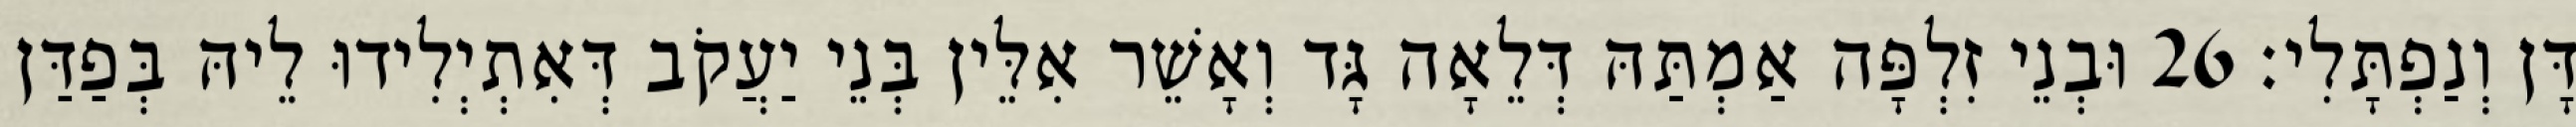
דָּן וְנַפְתָּלִי׃ 26 וּבְנֵי זִלְפָּה אַמְתַּהּ דְּלֵאָה גָּד וְאָשֵׁר אִלֵּין בְּנֵי יַעֲקֹב דְּאִתְיְלִידוּ לֵיהּ בְּפַדַּן